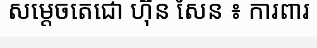
សម្តេចតេជោ ហ៊ុន សែន ៖ ការពារ